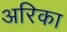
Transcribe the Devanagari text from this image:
अरिका